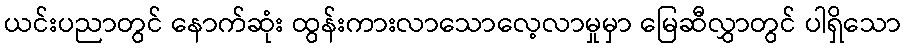
ယင်းပညာတွင် နောက်ဆုံး ထွန်းကားလာသောလေ့လာမှုမှာ မြေဆီလွှာတွင် ပါရှိသော